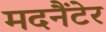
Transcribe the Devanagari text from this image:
मदनैंटेर